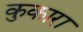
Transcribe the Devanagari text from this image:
कुकारा